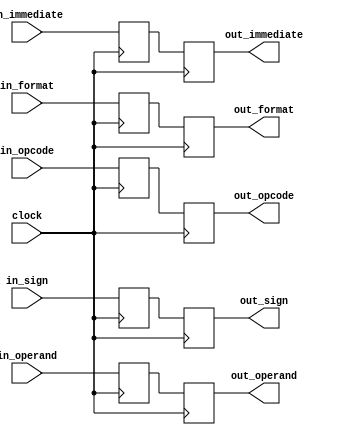
`timescale 1ns / 1ns

module register_mem
(
   input clock,
	input wire in_format,
	input wire [3:0] in_opcode,
	input wire in_sign,
	input wire [2:0] in_operand,
	input wire [7:0] in_immediate,
	output reg out_format,
	output reg [3:0] out_opcode,
	output reg out_sign,
	output reg [2:0] out_operand,
	output reg [7:0] out_immediate
);

reg format;
reg [3:0] opcode;
reg sign;
reg [2:0] operand;
reg [7:0] immediate;



always @ (negedge clock) begin
	// Read in data
	format <= in_format;
	opcode <= in_opcode;
	sign <= in_sign;
	operand <= in_operand;
	immediate <= in_immediate;
end

always @ (posedge clock) begin
	// Write out data
	out_format <= format;
	out_opcode <= opcode;
	out_sign <= sign;
	out_operand <= operand;
	out_immediate <= immediate;
end

endmodule